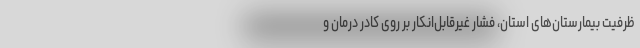
ظرفیت بیمارستان‌های استان، فشار غیرقابل‌انکار بر روی کادر درمان و